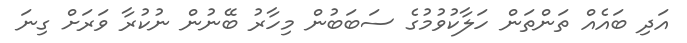
އަދި ބައެއް ތަންތަން ހަލާކުވުމުގެ ސަބަބުން މިހާރު ބޭނުން ނުކުރާ ވަރަށް ގިނަ